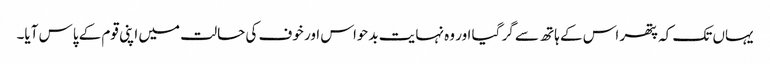
یہاں تک کہ پتھر اس کے ہاتھ سے گر گیا اور وہ نہایت بدحواس اور خوف کی حالت میں اپنی قوم کے پاس آیا۔